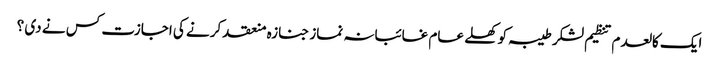
ایک کالعدم تنظیم لشکر طیبہ کو کھلے عام غائبانہ نماز جنازہ منعقد کرنے کی اجازت کس نے دی ؟